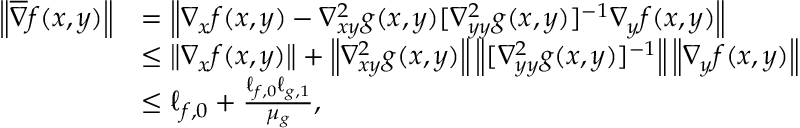
\begin{array} { r l } { \left\| \overline { { \nabla } } f ( x , y ) \right\| } & { = \left\| \nabla _ { x } f ( x , y ) - \nabla _ { x y } ^ { 2 } g ( x , y ) [ \nabla _ { y y } ^ { 2 } g ( x , y ) ] ^ { - 1 } \nabla _ { y } f ( x , y ) \right\| } \\ & { \leq \left\| \nabla _ { x } f ( x , y ) \right\| + \left\| \nabla _ { x y } ^ { 2 } g ( x , y ) \right\| \left\| [ \nabla _ { y y } ^ { 2 } g ( x , y ) ] ^ { - 1 } \right\| \left\| \nabla _ { y } f ( x , y ) \right\| } \\ & { \leq \ell _ { f , 0 } + \frac { \ell _ { f , 0 } \ell _ { g , 1 } } { \mu _ { g } } , } \end{array}